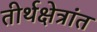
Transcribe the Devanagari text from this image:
तीर्थक्षेत्रांत